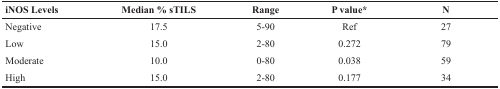
<table><thead><tr><td><b>iNOS Levels</b></td><td><b>Median % sTILS</b></td><td><b>Range</b></td><td><b>P value*</b></td><td><b>N</b></td></tr></thead><tbody><tr><td>Negative</td><td>17.5</td><td>5-90</td><td>Ref</td><td>27</td></tr><tr><td>Low</td><td>15.0</td><td>2-80</td><td>0.272</td><td>79</td></tr><tr><td>Moderate</td><td>10.0</td><td>0-80</td><td>0.038</td><td>59</td></tr><tr><td>High</td><td>15.0</td><td>2-80</td><td>0.177</td><td>34</td></tr></tbody></table>